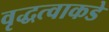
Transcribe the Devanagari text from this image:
वृद्धत्वाकडे